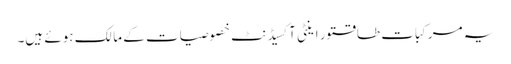
یہ مرکبات طاقتور اینٹی آکسیڈنٹ خصوصیات کے مالک ہوئے ہیں۔